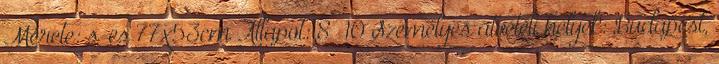
Mérete: s-es 77x53cm Állapot: 8 10 Személyes átvételi helyek: Budapest,